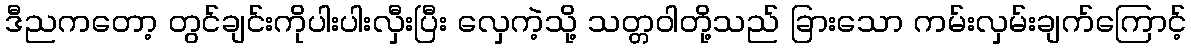
ဒီညကတော့ တွင်ချင်းကိုပါးပါးလှီးပြီး လှေကဲ့သို့ သတ္တဝါတို့သည် ခြားသော ကမ်းလှမ်းချက်ကြောင့်